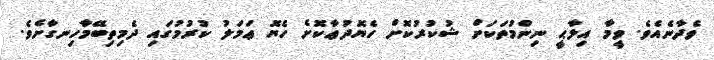
ވެދާނެއެވެ. ވީމާ އިލާޙީ ނިންމުތަކަށް ޝުކުރުކޮށް ހެޔޮދުޢާކޮށެ ހެޔޮ ޢަމަލު ކުރުމުގައި ދެމިތިބޭމާހިނގާށެވެ.